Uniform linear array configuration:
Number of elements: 16
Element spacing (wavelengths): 1
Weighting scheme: uniform
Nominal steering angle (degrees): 15
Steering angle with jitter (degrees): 13.507
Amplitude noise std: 0.05
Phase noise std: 0.05

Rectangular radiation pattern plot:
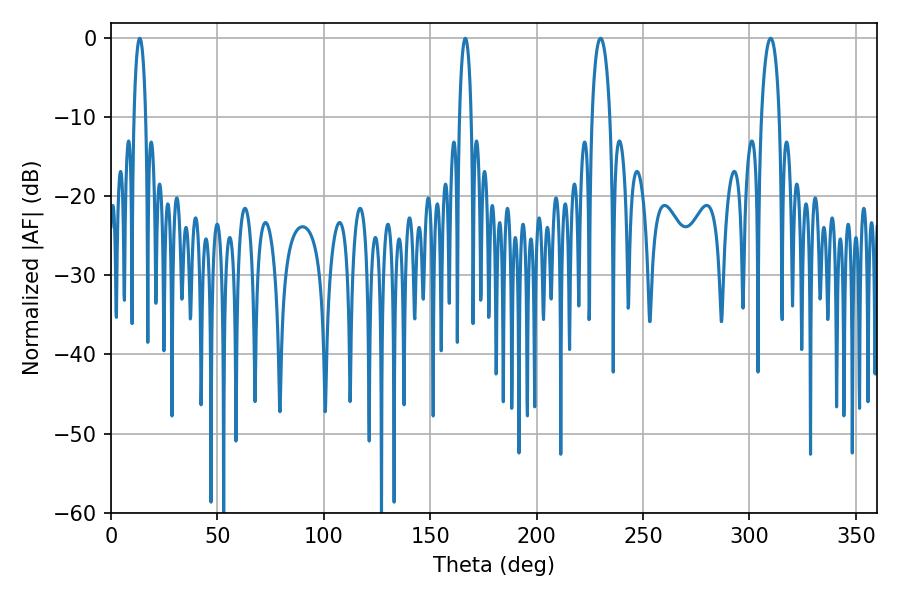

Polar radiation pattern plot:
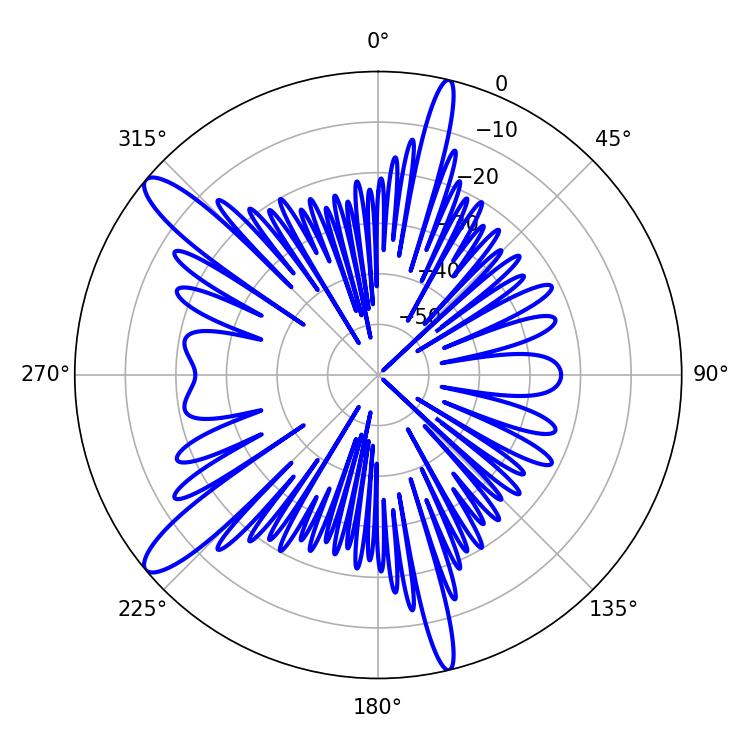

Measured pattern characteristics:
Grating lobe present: TRUE
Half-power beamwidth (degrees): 4.86
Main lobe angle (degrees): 230.04